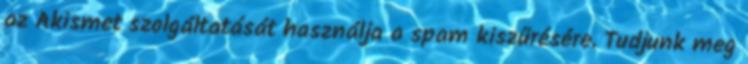
az Akismet szolgáltatását használja a spam kiszűrésére. Tudjunk meg